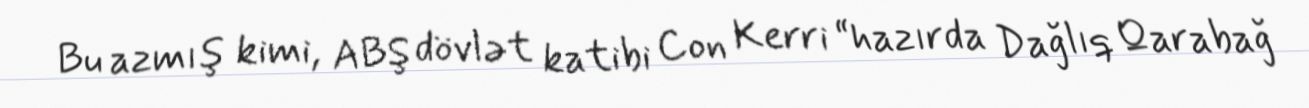
Bu azmış kimi, ABŞ dövlət katibi Con Kerri “hazırda Dağlıq Qarabağ